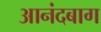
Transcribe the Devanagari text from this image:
आनंदबाग